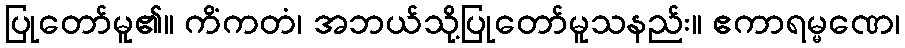
ပြုတော်မူ၏။ ကိံကတံ၊ အဘယ်သို့ပြုတော်မူသနည်း။ ဧကာရမ္မဏေ၊